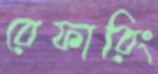
রেফারিং